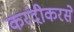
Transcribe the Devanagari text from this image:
करंदीकरसे